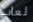
لعاب